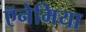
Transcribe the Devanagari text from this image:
ऍनेमिया